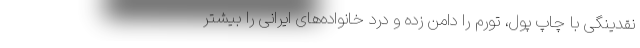
نقدینگی با چاپ پول، تورم را دامن زده و درد خانواده‌های ایرانی را بیشتر